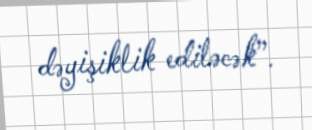
dəyişiklik ediləcək”.